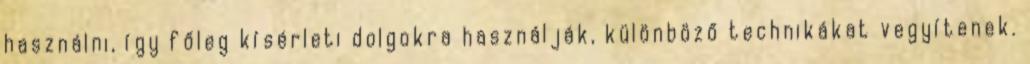
használni, így főleg kísérleti dolgokra használják, különböző technikákat vegyítenek.